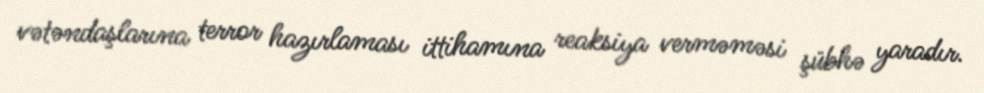
vətəndaşlarına terror hazırlaması ittihamına reaksiya verməməsi şübhə yaradır.